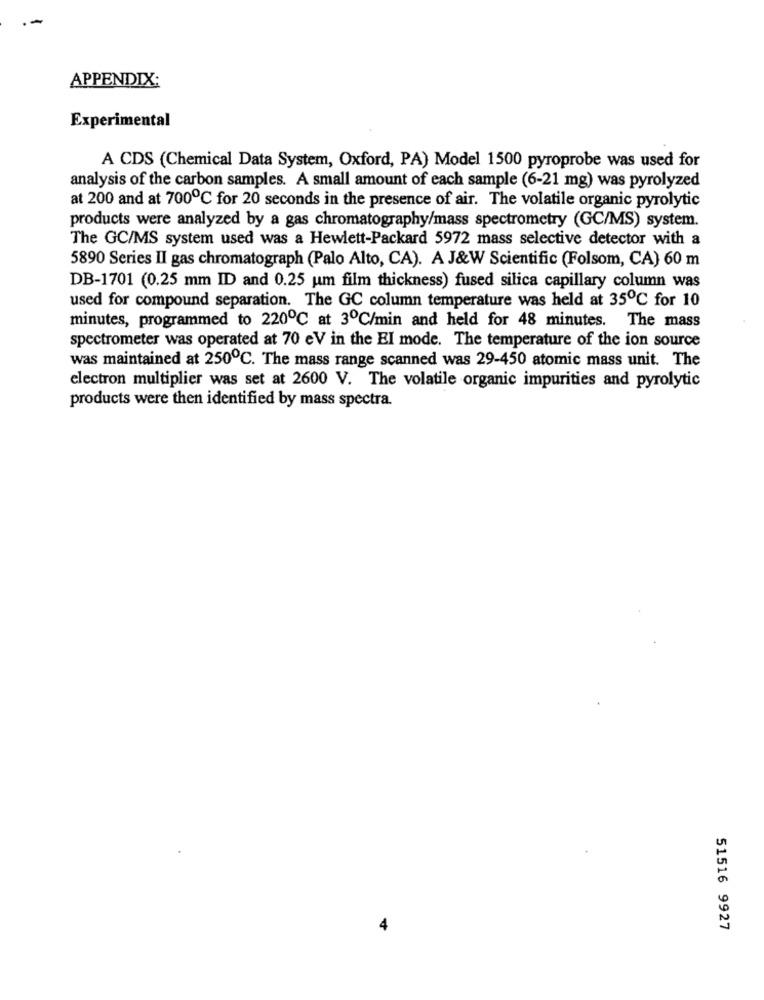
APPENDIX:
Experimental
A CDS (Chemical Data System, Oxford, PA) Model 1500 pyroprobe was used for
analysis of the carbon samples. A small amount of each sample (6-21 mg) was pyrolyzed
at 200 and at 700℃ for 20 seconds in the presence of air. The volatile organic pyrolytic
products were analyzed by a gas chromatography/mass spectrometry (GC/MS) system.
The GC/MS system used was a Hewlett-Packard 5972 mass selective detector with a
5890 Series II gas chromatograph (Palo Alto, CA). A J&W Scientific (Folsom, CA) 60 m
DB-1701 (0.25 mm ID and 0.25 um film thickness) fused silica capillary column was
used for compound separation. The GC column temperature was held at 35℃ for 10
minutes, programmed to 220℃ at 3℃/min and held for 48 minutes. The mass
spectrometer was operated at 70 eV in the EI mode. The temperature of the ion source
was maintained at 250℃. The mass range scanned was 29-450 atomic mass unit. The
electron multiplier was set at 2600 V. The volatile organic impurities and pyrolytic
products were then identified by mass spectra.
4
51516 9927